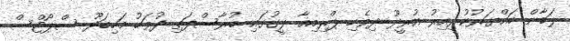
ލަބާން ހައްޔަރުކުރިއިރު އުރީދޫ ދިވެހި ޕްރިމިއާ ލީގުގައި ބުރާސްފަތި ދުވަހު މަހިބަދޫ ސްޕޯޓްސް